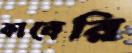
কাবেরি